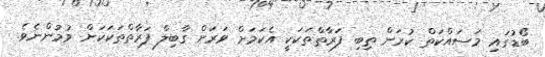
ބޯޑުގައި މަސައްކަތް ކުރަން ތިބި ފަރާތްތަކަކީ އެކަމަށް ވަރަށް ގާބިލް ފަރާތްތަކަކަށް ވުމުންނެވެ.